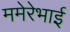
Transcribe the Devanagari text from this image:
ममेरेभाई